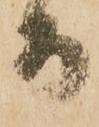
而